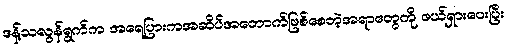
ဒန့်သလွန်ရွက်က အရေပြားကအဆိပ်အတောက်ဖြစ်စေတဲ့အရာတွေကို ဖယ်ရှားပေးပြီး